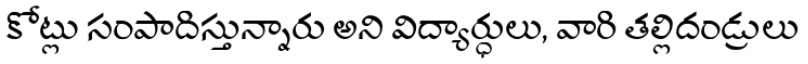
కోట్లు సంపాదిస్తున్నారు అని విద్యార్ధులు, వారి తల్లిదండ్రులు